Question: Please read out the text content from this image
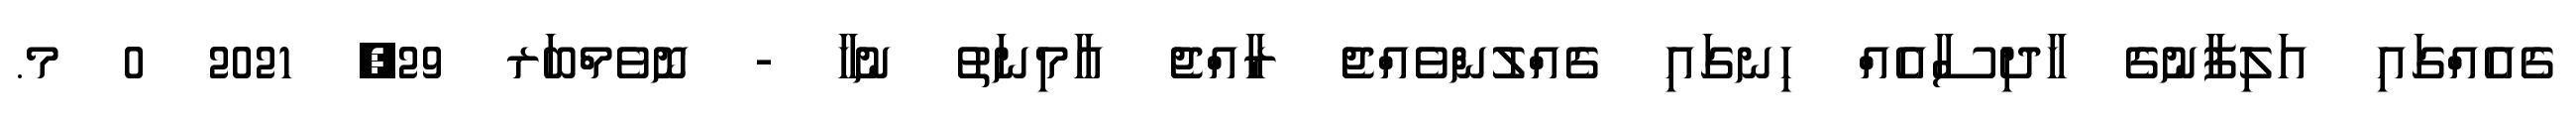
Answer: ގެއެއްގައި އަލިފާނުގެ ހާދިސާއެއް ހިނގައި ގެއްލުންވެއްޖެ ރާއްޖެ އާމިނަތު ނުހާ - ނޮވެމްބަރ 29, 2021 0 މ.